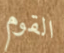
القوم